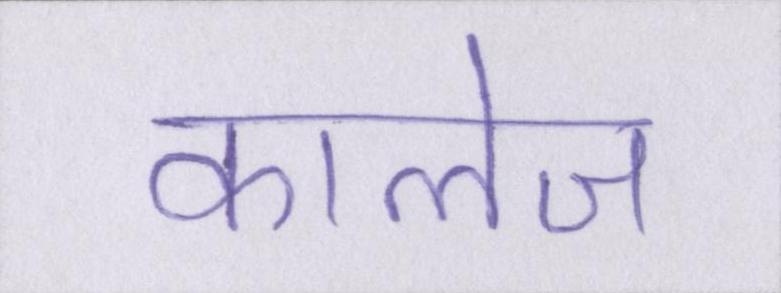
कालेज